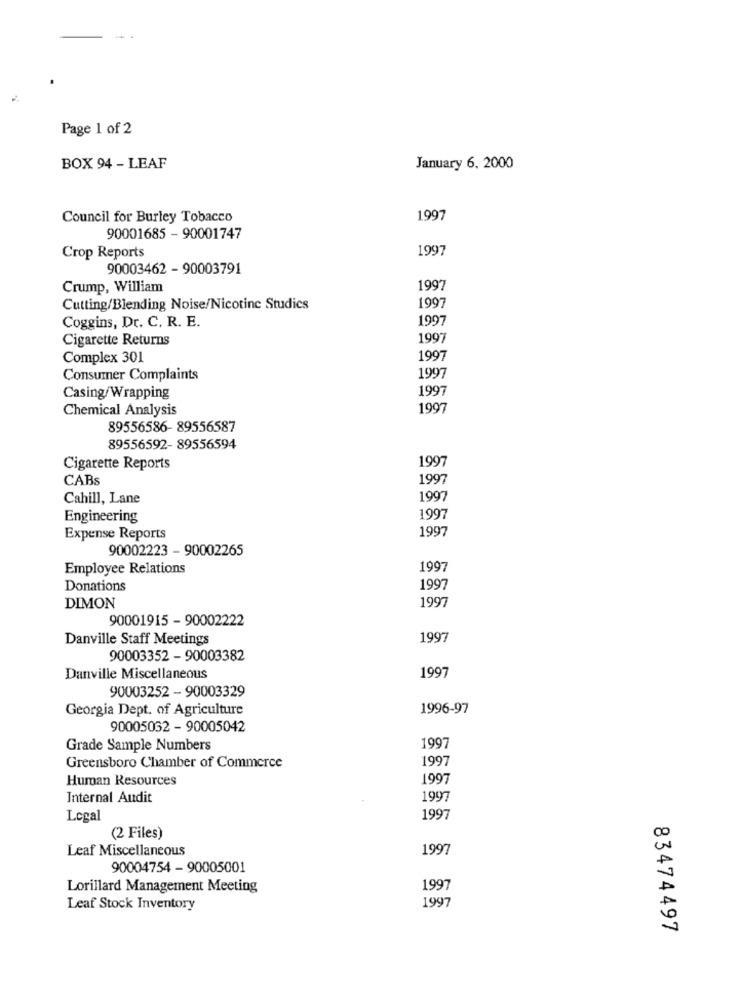
Page 1 of 2
BOX 94 - LEAF
January 6, 2000
Council for Burley Tobacco
1997
90001685 - 90001747
1997
Crop Reports
90003462 - 90003791
Crump, William
1997
1997
Cutting/Blending Noise/Nicotine Studics
1997
Coggins, Dr. C. R. E.
Cigarette Returns
1997
Complex 301
1997
Consumer Complaints
1997
1997
Casing/Wrapping
Chemical Analysis
1997
89556586- 89556587
89556592- 89556594
1997
Cigarette Reports
CABs
1997
Cahill, Lane
1997
Engineering
1997
1997
Expense Reports
90002223 - 90002265
Employee Relations
1997
Donations
1997
1997
DIMON
90001915 - 90002222
Danville Staff Meetings
1997
90003352 - 90003382
1997
Danville Miscellaneous
90003252 - 90003329
Georgia Dept. of Agriculture
1996-97
90005032 - 90005042
Grade Sample Numbers
1997
Greensboro Chamber of Commerce
1997
Human Resources
1997
Internal Audit
1997
Legal
1997
(2 Files)
Leaf Miscellaneous
1997
90004754 - 90005001
Lorillard Management Meeting
1997
1997
Leaf Stock Inventory
83474497